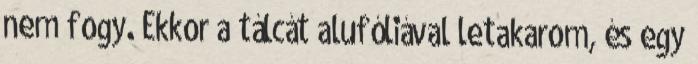
nem fogy. Ekkor a tálcát alufóliával letakarom, és egy